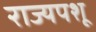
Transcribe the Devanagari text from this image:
राज्यपशू